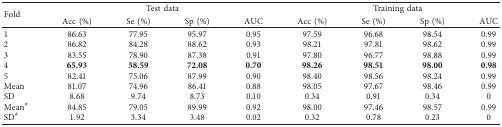
<table><thead><tr><td rowspan="2"><b>Fold</b></td><td colspan="4"><b>Test data</b></td><td colspan="4"><b>Training data</b></td></tr><tr><td><b>Acc (%)</b></td><td><b>Se (%)</b></td><td><b>Sp (%)</b></td><td><b>AUC</b></td><td><b>Acc (%)</b></td><td><b>Se (%)</b></td><td><b>Sp (%)</b></td><td><b>AUC</b></td></tr></thead><tbody><tr><td>1</td><td>86.63</td><td>77.95</td><td>95.97</td><td>0.95</td><td>97.59</td><td>96.68</td><td>98.54</td><td>0.99</td></tr><tr><td>2</td><td>86.82</td><td>84.28</td><td>88.62</td><td>0.93</td><td>98.21</td><td>97.81</td><td>98.62</td><td>0.99</td></tr><tr><td>3</td><td>83.55</td><td>78.90</td><td>87.38</td><td>0.91</td><td>97.80</td><td>96.77</td><td>98.88</td><td>0.99</td></tr><tr><td>4</td><td><b>65.93</b></td><td><b>58.59</b></td><td><b>72.08</b></td><td><b>0.70</b></td><td><b>98.26</b></td><td><b>98.51</b></td><td><b>98.00</b></td><td><b>0.98</b></td></tr><tr><td>5</td><td>82.41</td><td>75.06</td><td>87.99</td><td>0.90</td><td>98.40</td><td>98.56</td><td>98.24</td><td>0.99</td></tr><tr><td>Mean</td><td>81.07</td><td>74.96</td><td>86.41</td><td>0.88</td><td>98.05</td><td>97.67</td><td>98.46</td><td>0.99</td></tr><tr><td>SD</td><td>8.68</td><td>9.74</td><td>8.73</td><td>0.10</td><td>0.34</td><td>0.91</td><td>0.34</td><td>0</td></tr><tr><td>Mean<sup>#</sup></td><td>84.85</td><td>79.05</td><td>89.99</td><td>0.92</td><td>98.00</td><td>97.46</td><td>98.57</td><td>0.99</td></tr><tr><td>SD<sup>#</sup></td><td>1.92</td><td>3.34</td><td>3.48</td><td>0.02</td><td>0.32</td><td>0.78</td><td>0.23</td><td>0</td></tr></tbody></table>